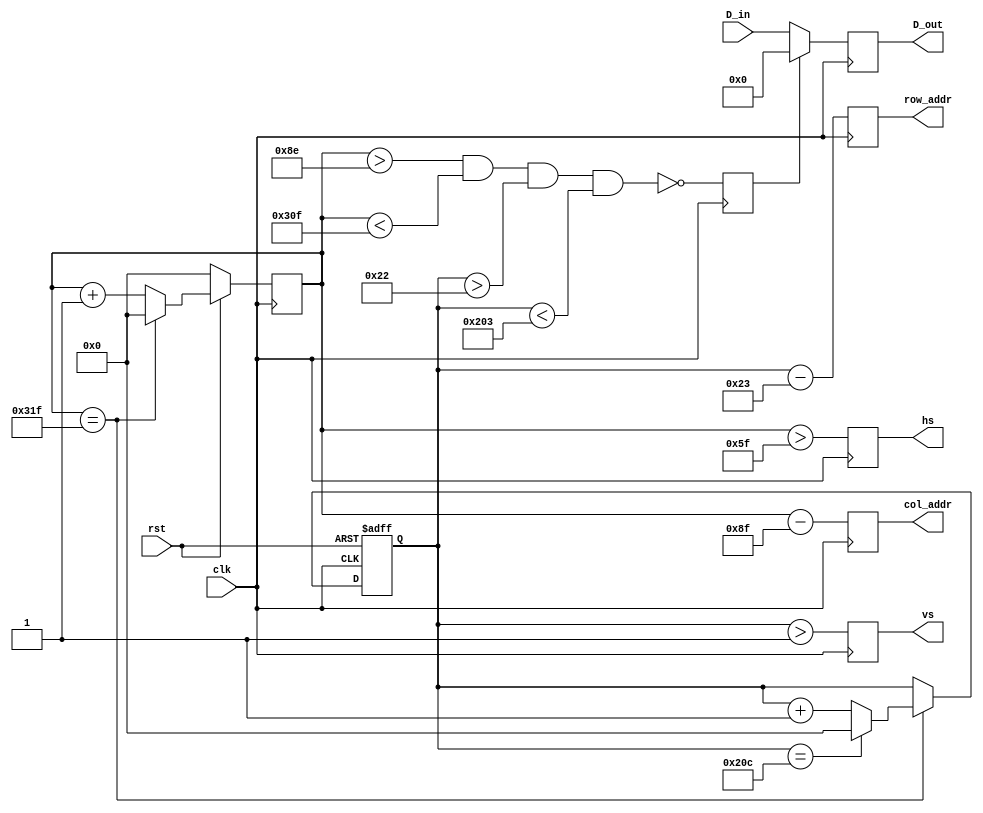
`timescale 1ns / 1ps
//////////////////////////////////////////////////////////////////////////////////
// Company: 
// Engineer: 
// 
// Design Name: 
// Module Name:    VGAdriver 
// Project Name: 
// Target Devices: 
// Tool versions: 
// Description: 
//
// Dependencies: 
//
// Revision: 
// Revision 0.01 - File Created
// Additional Comments: 
//
//////////////////////////////////////////////////////////////////////////////////
module VGAdriver(
    input wire clk,            // 25 MHz
    input wire rst,
    input wire [11:0] D_in,    // RGB, pixel
    output reg [9:0] row_addr, // pixel ram row address, 480 (512) lines
    output reg [9:0] col_addr, // pixel ram col address, 640 (1024) pixels
    output reg [11:0] D_out,   // RGB, pixel
    output reg hs,             // horizontal synchronization
    output reg vs              // vertical synchronization
    );

    // h_count: VGA horizontal counter (0-799)
    reg [9:0] h_count; // VGA horizontal counter (0-799): pixels
    always @ (posedge clk) begin
        if (!rst) h_count <= 10'h0;
        else if (h_count == 10'd799) h_count <= 10'h0;
        else h_count <= h_count + 10'h1;
    end

    // v_count: VGA vertical counter (0-524)
    reg [9:0] v_count; // VGA vertical   counter (0-524): lines
    always @ (posedge clk or negedge rst) begin
        if (!rst) v_count <= 10'h0;
        else if (h_count == 10'd799) begin
            if (v_count == 10'd524) v_count <= 10'h0;
            else v_count <= v_count + 10'h1;
        end
    end

    // signals, will be latched for outputs
    wire  [9:0] row    =  v_count - 10'd35;     // pixel ram row addr 
    wire  [9:0] col    =  h_count - 10'd143;    // pixel ram col addr 
    wire        h_sync = (h_count > 10'd95);    //  96 -> 799
    wire        v_sync = (v_count > 10'd1);     //   2 -> 524
    wire        read   = (h_count > 10'd142) && // 143 -> 782
                         (h_count < 10'd783) && //  640 pixels
                         (v_count > 10'd34)  && //  35 -> 514
                         (v_count < 10'd515);   //  480 lines

    // vga signals
    reg rdn; // read pixel RAM (active_low)
    always @ (posedge clk) begin
        row_addr <=  row; // pixel ram row address
        col_addr <=  col;      // pixel ram col address
        rdn      <= ~read;     // read pixel (active low)
        hs       <=  h_sync;   // horizontal synchronization
        vs       <=  v_sync;   // vertical synchronization
        D_out    <=  rdn ? 12'h0 : D_in; // pixel data
    end
endmodule